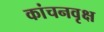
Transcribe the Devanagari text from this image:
कांचनवृक्ष